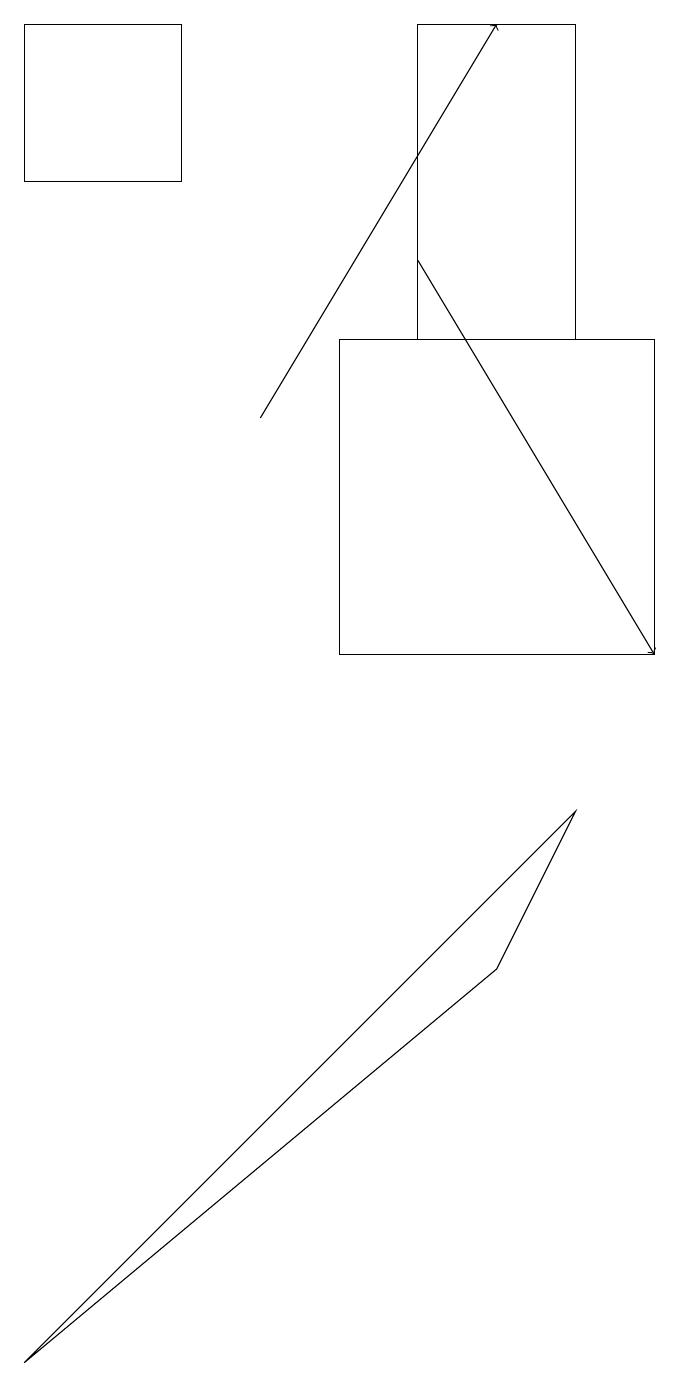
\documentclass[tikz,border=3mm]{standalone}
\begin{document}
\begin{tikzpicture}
\draw (8,18) rectangle (6,14);
\draw (1,18) rectangle (3,16);
\draw (5,10) rectangle (9,14);
\draw[->] (4,13) -- (7,18);
\draw[->] (6,15) -- (9,10);
\draw (7,6) -- (1,1) -- (8,8) -- cycle;
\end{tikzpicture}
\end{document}